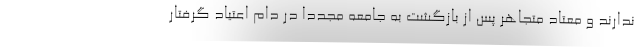
ندارند و معتاد متجاهر پس از بازگشت به جامعه مجددا در دام اعتیاد گرفتار